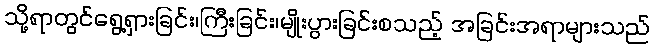
သို့ရာတွင်ရွေ့ရှားခြင်း၊ကြီးခြင်း၊မျိုးပွားခြင်းစသည့် အခြင်းအရာများသည်